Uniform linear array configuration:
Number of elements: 16
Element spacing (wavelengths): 0.25
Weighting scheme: hann
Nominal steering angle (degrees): -30
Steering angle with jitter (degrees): -31.938
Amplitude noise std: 0.05
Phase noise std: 0.05

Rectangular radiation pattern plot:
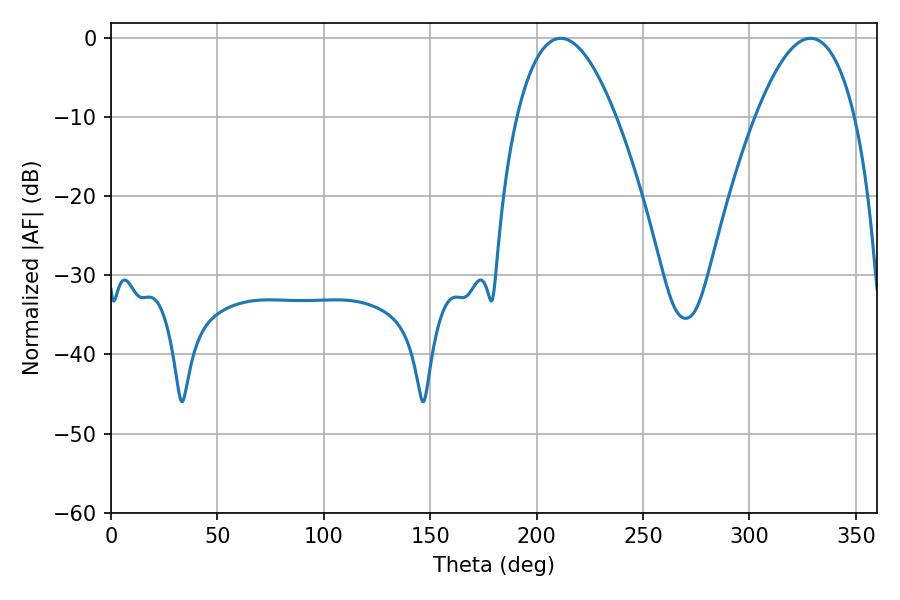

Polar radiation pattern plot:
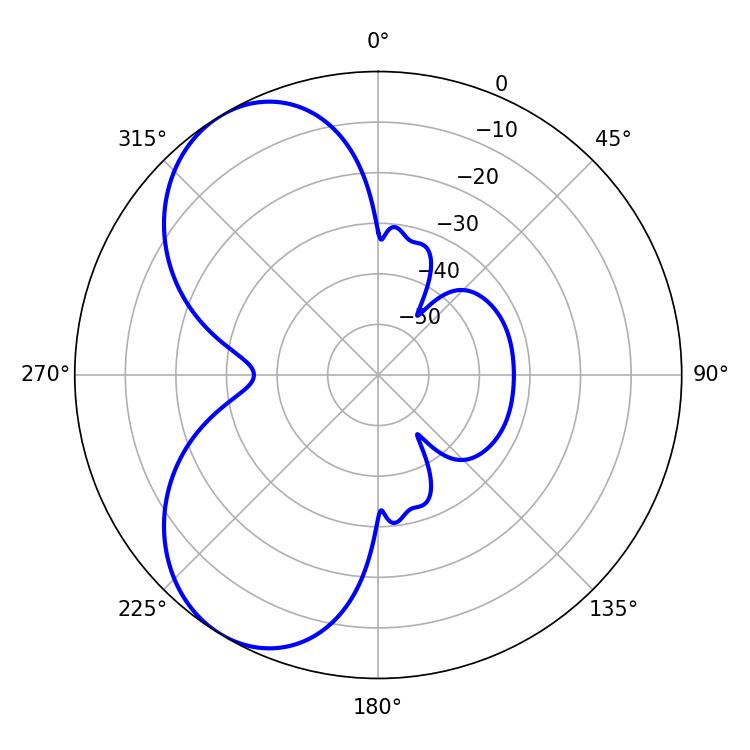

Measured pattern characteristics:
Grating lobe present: FALSE
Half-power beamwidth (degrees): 25.74
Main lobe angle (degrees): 211.32